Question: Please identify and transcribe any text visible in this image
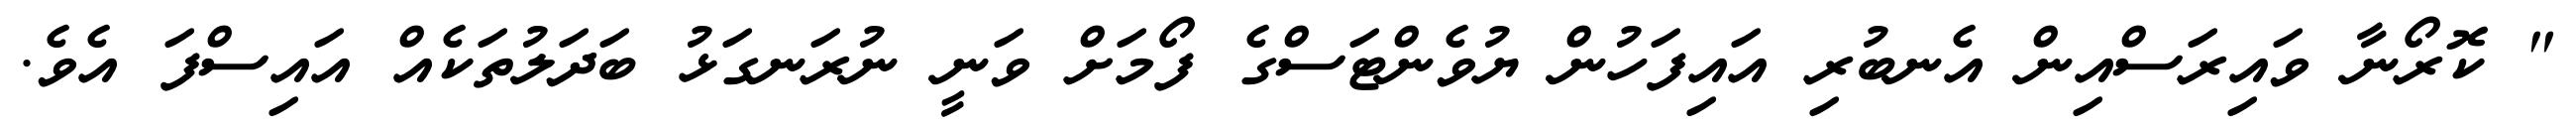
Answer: " ކޮރޯނާ ވައިރަސްއިން އެނބުރި އައިފަހުން ޔުވެންޓަސްގެ ފޯމަށް ވަނީ ނުރަނގަޅު ބަދަލުތަކެއް އައިސްފަ އެވެ.